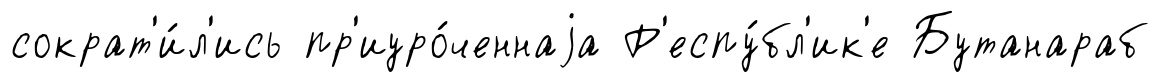
сократ'и́л'ись пр'иуро́ченнаjа Р'еспу́бл'ик'е Бутанараб